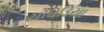
ચોઘડિયા